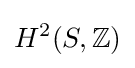
H^{2}(S,\mathbb {Z} )